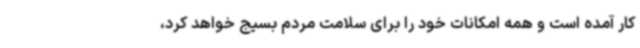
کار آمده است و همه امکانات خود را برای سلامت مردم بسیج خواهد کرد،